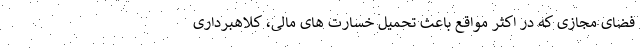
فضای مجازی که در اکثر مواقع باعث تحمیل خسارت های مالی، کلاهبرداری